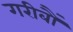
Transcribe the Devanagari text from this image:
गरीबौं